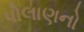
પોલાણનો